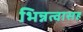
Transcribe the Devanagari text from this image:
भिन्नत्वासह